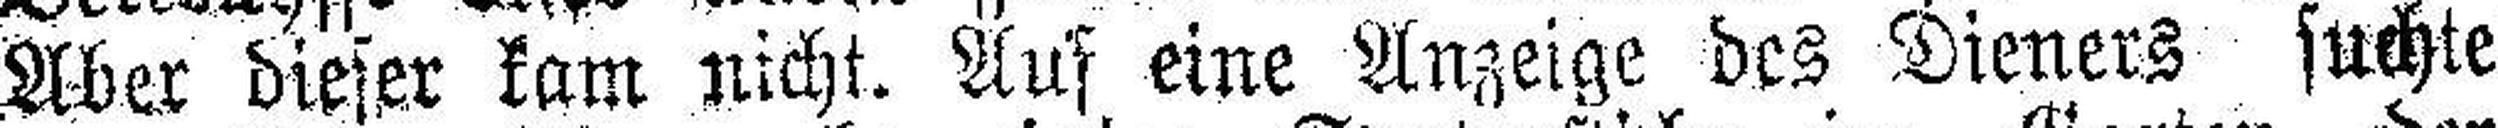
Aber dieser kam nicht. Auf eine Anzeige des Dieners suchte